Report of the Imperial Institute of Veterinary Research, Muktesar
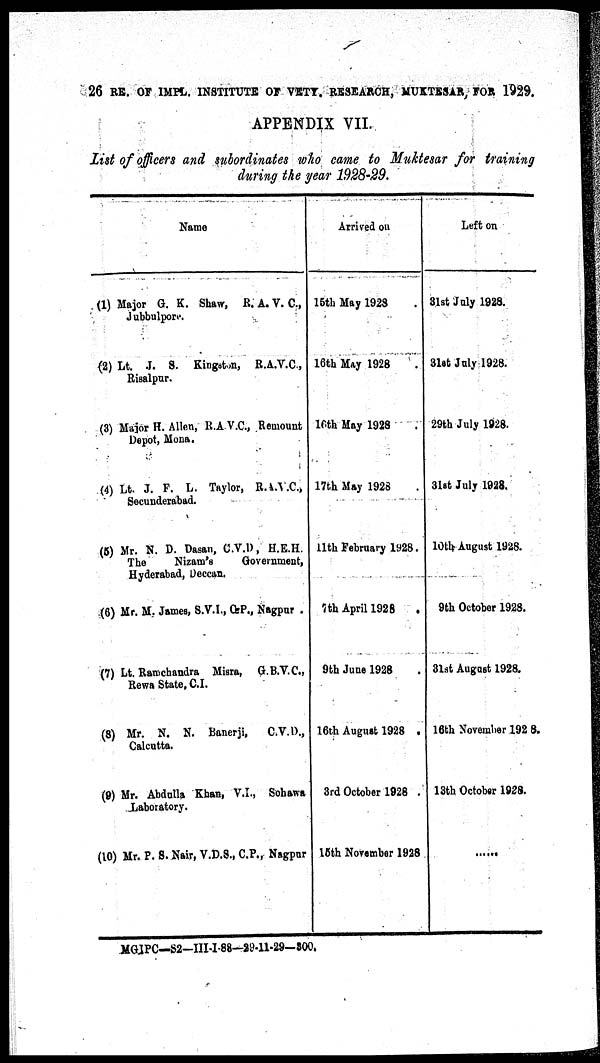
26 RE. OF IMPL. INSTITUTE OF VETY. RESEARCH, MUKTESAR, FOR 1929.
APPENDIX VII.
List of officers and subordinates who came to Muktesar for training
during the year 1928-29.
Name
(1) Major G. K. Shaw, R. A. V. C.,
Jubbulpore.
(2) Lt. J. S. Kingston, R.A.V.C.,
Risalpur.
(3) Major H. Allen, R.A.V.C., Remount
Depot, Mona.
(4) Lt. J. F. L. Taylor, R.A.V.C.,
Secunderabad.
(5) Mr. N. D. Dasan, C.V.D., H.E.H.
The
Nizam's
Government,
Hyderabad, Deccan.
(6) Mr. M. James, S.V.I., C.P., Nagpur.
(7) Lt. Ramchandra Misra, G.B.V.C.,
Rewa State, C.I.
(8) Mr. N. N. Banerji,
C.V.D.,
Calcutta.
(9) Mr. Abdulla Khan, V.I., Sohawa
Laboratory.
(10) Mr. P. S. Nair, V.D.S., C.P., Nagpur
Arrived on
15th May 1928
16th May 1928
16th May 1928
17th May 1928
11th February 1928.
7th April 1928
9th June 1928
16th August 1928 .
3rd October 1928 .
15th November 1928
Left on
31st July 1928.
31st July 1928.
29th July 1928.
31st July 1928.
10th August 1928.
9th October 1928.
31st August 1928.
16th November 1928.
13th October 1928.
......
MGIPC-S2-III-I-88-29-11-29-300.